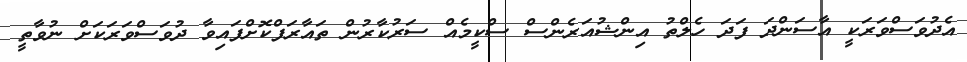
އެދުވަސްވަރަކީ އާސަންދަ ފަދަ ހެލްތު އިންޝުއަރެންސް ސްކީމެއް ސަރުކާރުން ތައާރަފްކޮށްފައިވާ ދުވަސްވަރަކަށް ނުވާތީ